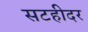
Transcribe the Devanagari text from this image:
सटहीदर